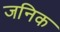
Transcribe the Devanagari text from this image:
जनिक